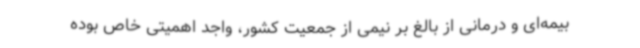
بیمه‌ای و درمانی از بالغ‌ بر نیمی از جمعیت کشور، واجد اهمیتی خاص بوده